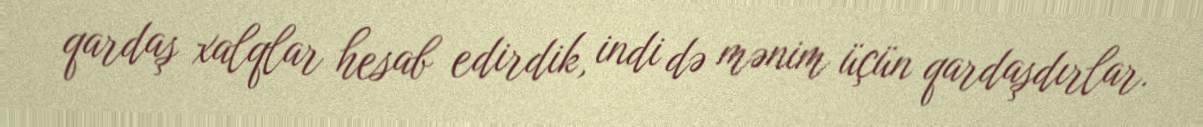
qardaş xalqlar hesab edirdik, indi də mənim üçün qardaşdırlar.